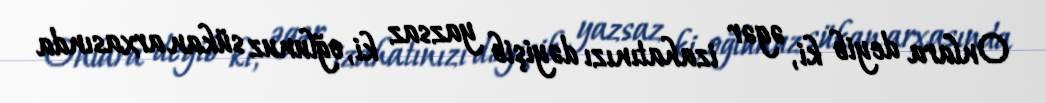
Onlara deyib ki, əgər izahatınızı dəyişib yazsaz ki, oğlunuz sükan arxasında